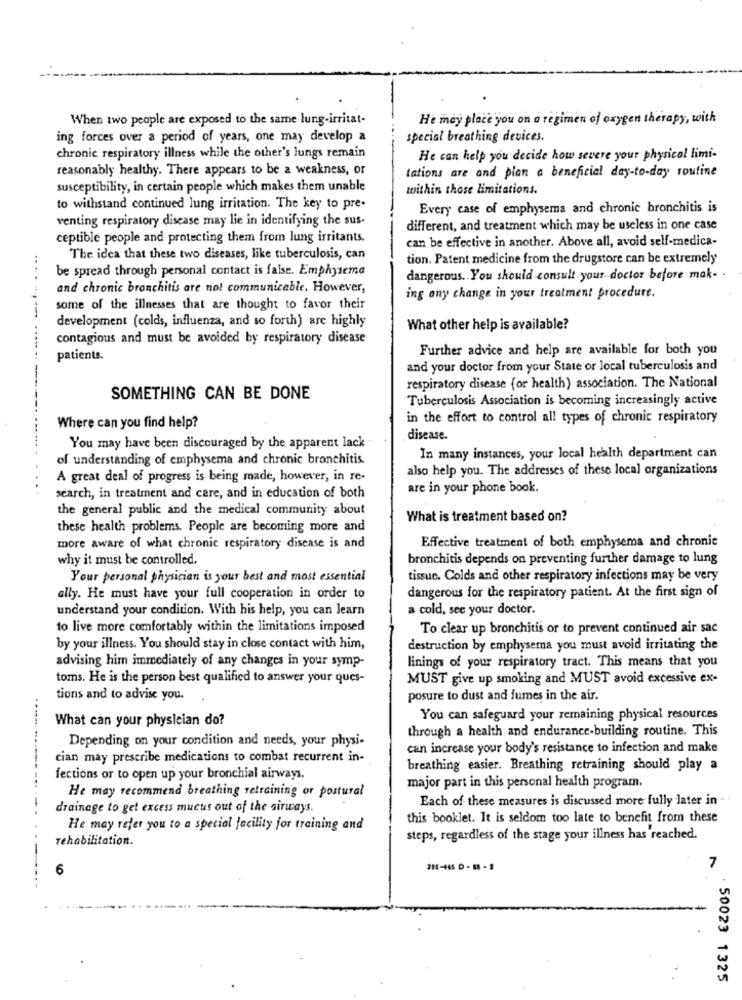
When two people are exposed to the same lung-irritat-
He may place you on a regimen of oxygen therapy, with
ing forces over a period of years, one may develop a
special breathing devices.
chronic respiratory illness while the other's lungs remain
He can help you decide how severe your physical limi-
reasonably healthy. There appears to be a weakness, or
tations are and plan a beneficial day-to-day routine
susceptibility, in certain people which makes them unable
within those limitations.
to withstand continued lung irritation. The key to pre-
Every case of emphysema and chronic bronchitis is
venting respiratory disease may lie in identifying the sus-
different, and treatment which may be useless in one case
ceptible people and protecting them from lung irritants.
can be effective in another. Above all, avoid self-medica-
The idea that these two diseases, like tuberculosis, can
tion. Patent medicine from the drugstore can be extremely
.....
be spread through personal contact is false. Emphysema
dangerous. You should consult your doctor before mak- .
and chronic bronchitis are no! communicable. However,
ing any change in your treatment procedure.
some of the illnesses that are thought to favor their
.....
development (colds, influenza, and so forth) are highly
What other help is available?
contagious and must be avoided by respiratory disease
Further advice and help are available for both you
patients.
and your doctor from your State or local tuberculosis and
respiratory disease (or health) association. The National
SOMETHING CAN BE DONE
Tuberculosis Association is becoming increasingly active
in the effort to control all types of chronic respiratory
Where can you find help?
disease.
You may have been discouraged by the apparent lack
of understanding of emphysema and chronic bronchitis.
In many instances, your local health department can
also help you. The addresses of these local organizations
A great deal of progress is being made, however, in re-
are in your phone book.
search, in treatment and care, and in education of both
the general public and the medical community about
What is treatment based on?
these health problems. People are becoming more and
more aware of what chronic respiratory disease is and
Effective treatment of both emphysema and chronic
why it must be controlled.
bronchitis depends on preventing further damage to lung
Your personal physician is your best and most essential
tissue. Colds and other respiratory infections may be very
dangerous for the respiratory patient. At the first sign of
ally. He must have your full cooperation in order to
understand your condition. With his help, you can learn
a cold, see your doctor.
to live more comfortably within the limitations imposed
To clear up bronchitis or to prevent continued air sac
by your illness. You should stay in close contact with him,
destruction by emphysema you must avoid irritating the
advising him immediately of any changes in your symp-
linings of your respiratory tract. This means that you
toms. He is the person best qualified to answer your ques-
MUST give up smoking and MUST avoid excessive ex-
tions and to advise you.
posure to dust and fumes in the air.
What can your physician do?
You can safeguard your remaining physical resources
through a health and endurance-building routine. This
Depending on your condition and needs, your physi-
can increase your body's resistance to infection and make
cian may prescribe medications to combat recurrent in-
breathing easier. Breathing retraining should play a
fections or to open up your bronchial airways.
major part in this personal health program.
He may recommend breathing retraining or postural
Each of these measures is discussed more fully later in
drainage to get excess mucus out of the airways.
this booklet. It is seldom too late to benefit from these
He may refer you to a special facility for training and
rehabilitation.
steps, regardless of the stage your illness has reached.
6
7
. 50023 1325